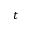
t